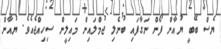
ޔެސް ބޭބީ ޔުއާން ފޯން ނަގާފައި ބުނެލި ޖުމްލައިން މައިލީން ސިހިއްޖެއެވެ. ޔުއާން